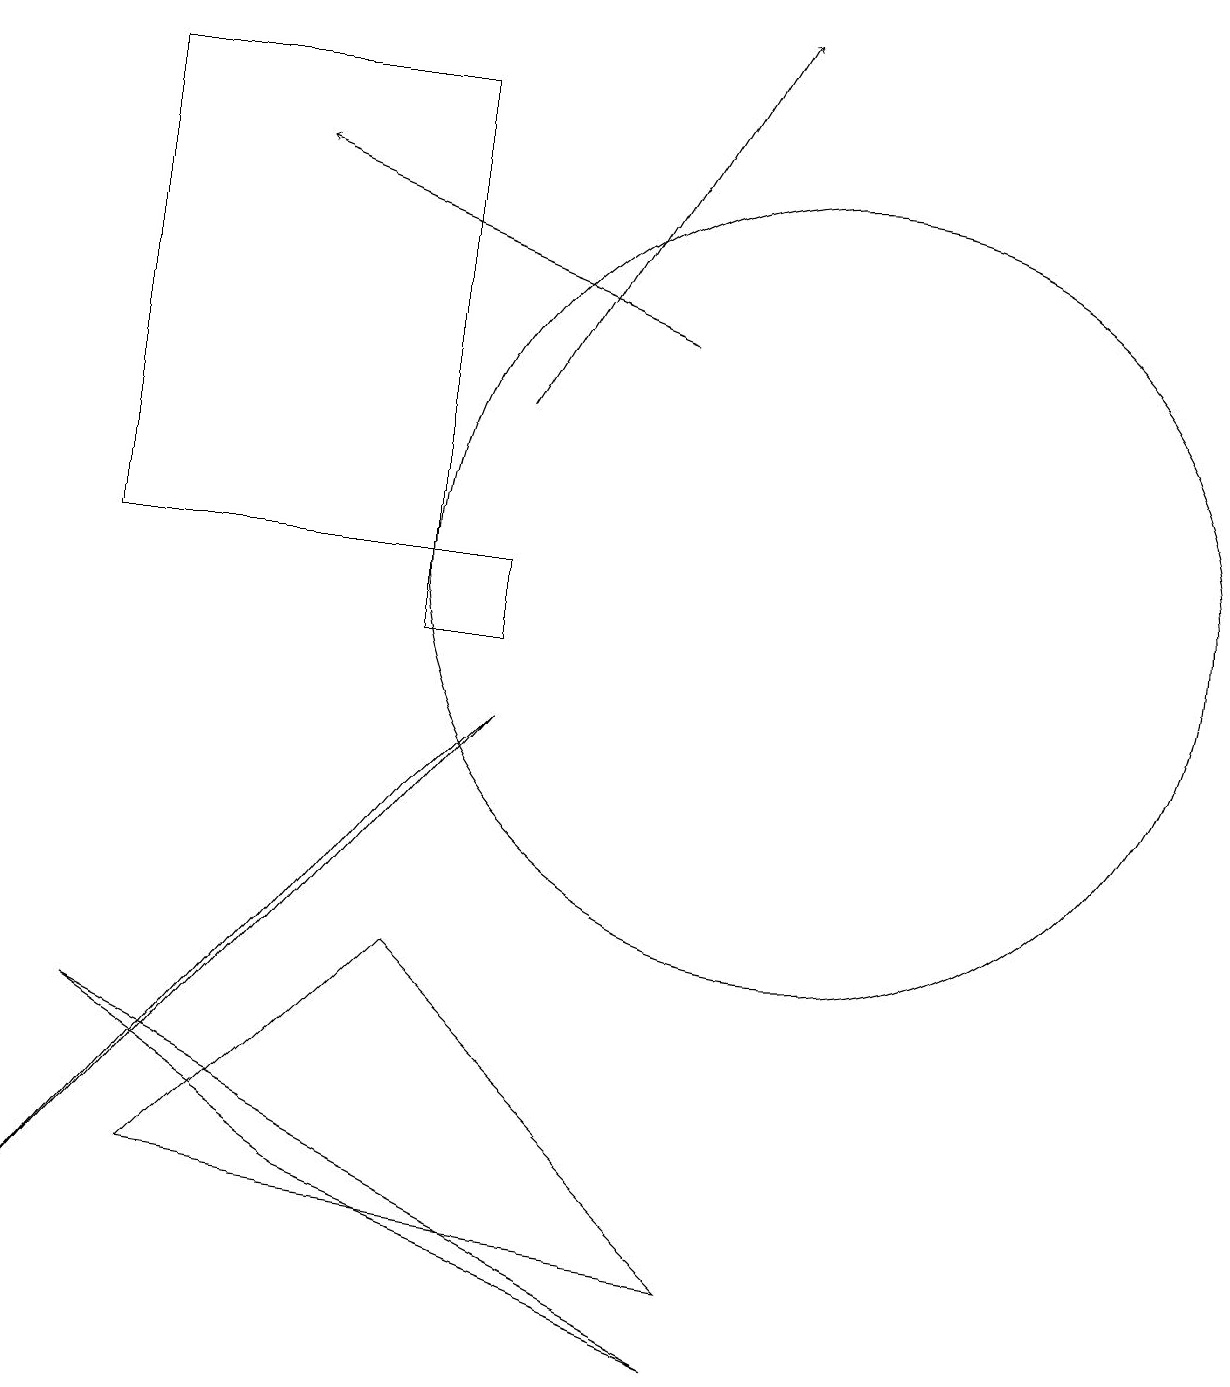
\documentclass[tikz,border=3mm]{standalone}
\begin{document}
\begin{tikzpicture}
\draw[->] (6,13) -- (9,18);
\draw[->] (8,14) -- (3,16);
\draw (4,3) -- (1,5) -- (9,1) -- cycle;
\draw (5,17) rectangle (1,11);
\draw (5,6) -- (2,3) -- (9,2) -- cycle;
\draw (6,11) rectangle (5,10);
\draw (6,9) -- (0,2) -- (5,8) -- cycle;
\draw (10,11) circle (5);
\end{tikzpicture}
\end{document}